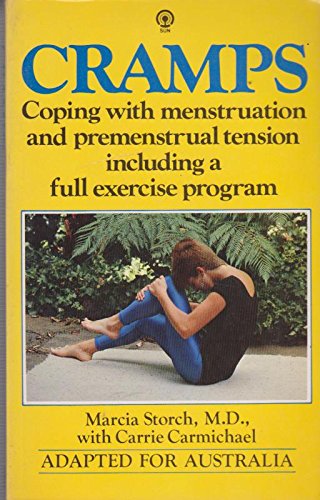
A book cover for Cramps - Coping with menstruation and Premenstrual tension Including a Full Exercise Program; Marcia Storch M.D. With Carrie Carmichael; Health, Fitness & Dieting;